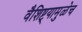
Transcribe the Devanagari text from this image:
वैशिष्ट्यामुळेच